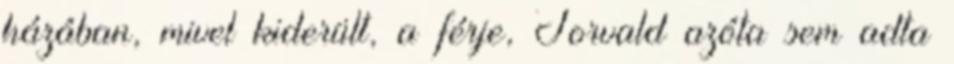
házában, mivel kiderült, a férje, Torvald azóta sem adta